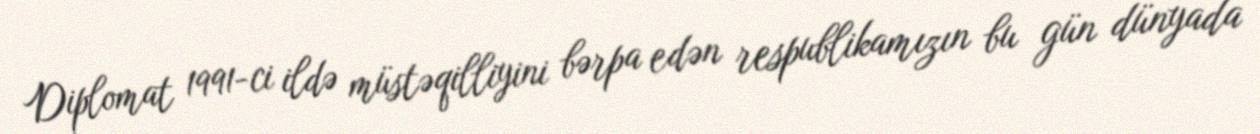
Diplomat 1991-ci ildə müstəqilliyini bərpa edən respublikamızın bu gün dünyada